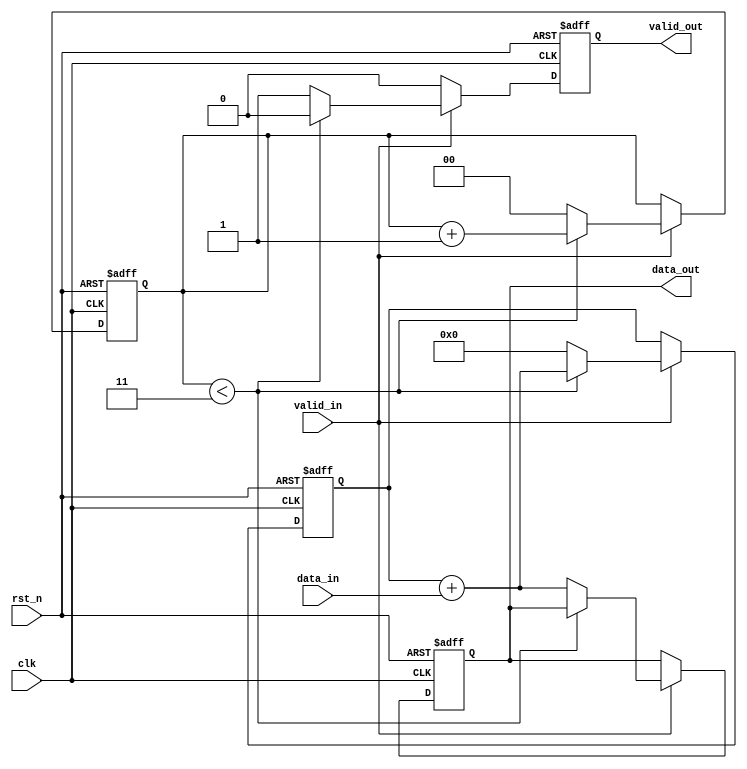
module accu (
    input clk,
    input rst_n,
    input [7:0] data_in,
    input valid_in,
    output reg valid_out,
    output reg [9:0] data_out
);

reg [9:0] sum;
reg [1:0] count;

always @(posedge clk or negedge rst_n) begin
    if (!rst_n) begin
        // Asynchronous reset: clear the sum, count, and output signals
        sum <= 10'd0;
        count <= 2'd0;
        valid_out <= 1'b0;
        data_out <= 10'd0;
    end else begin
        if (valid_in) begin
            // If a valid input is received, accumulate the sum and increment the count
            if (count < 3) begin
                sum <= sum + data_in;        // Accumulate the input data
                count <= count + 1'b1;       // Increment the count
                valid_out <= 1'b0;           // Keep valid_out low as accumulation is not complete
            end else begin
                // If we have received four inputs, output the accumulated sum
                sum <= sum + data_in;        // Add the last data input to the sum
                data_out <= sum + data_in;   // Output the accumulated sum
                valid_out <= 1'b1;           // Indicate that valid_out is ready
                sum <= 10'd0;                // Reset the sum for the next accumulation
                count <= 2'd0;               // Reset the count for the next accumulation
            end
        end else begin
            // If valid_in is not high, do not accumulate and set valid_out to 0
            valid_out <= 1'b0;
        end
    end
end

endmodule